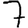
Digit: 7